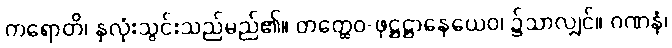
ကရောတိ၊ နှလုံးသွင်းသည်မည်၏။ တတ္ထေဝ-ဖုဋ္ဌဋ္ဌာနေယေဝ၊ ၌သာလျှင်။ ဂဏနံ၊